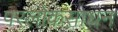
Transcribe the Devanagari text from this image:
परलोकसाधन